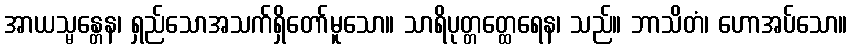
အာယသ္မန္တေန၊ ရှည်သောအသက်ရှိတော်မူသော။ သာရိပုတ္တတ္ထေရေန၊ သည်။ ဘာသိတံ၊ ဟောအပ်သော။